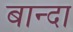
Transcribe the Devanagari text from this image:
बान्दा